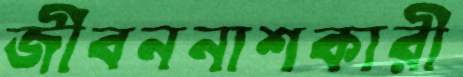
জীবননাশকারী